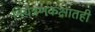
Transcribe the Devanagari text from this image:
नियंत्रणकक्षातही